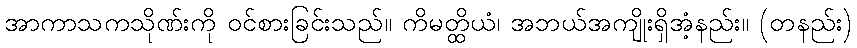
အာကာသကသိုဏ်းကို ဝင်စားခြင်းသည်။ ကိမတ္ထိယံ၊ အဘယ်အကျိုးရှိအံ့နည်း။ (တနည်း)